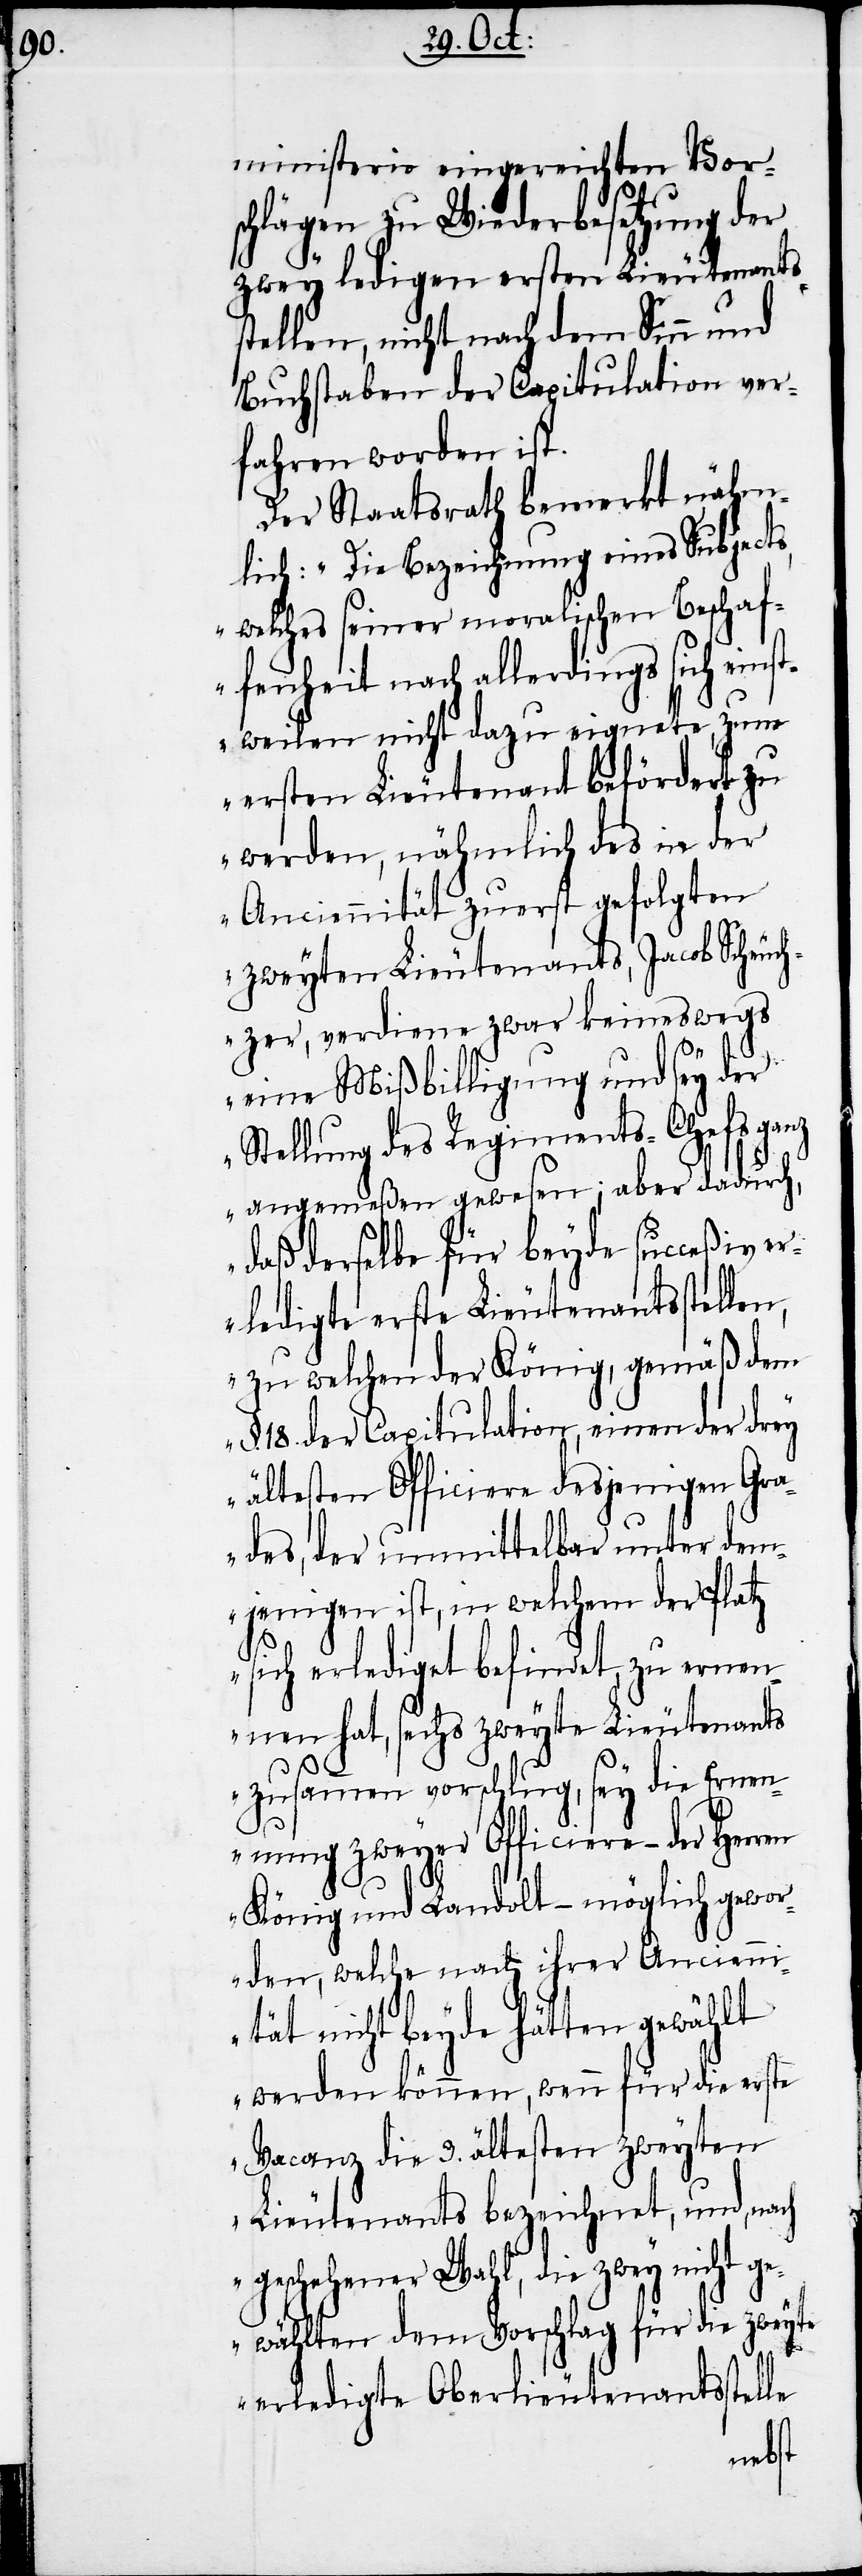
ministerio eingereichten Vors¬
chlägen zu Wiederbesetzung der
zwey ledigen ersten Lieutenants¬
stellen, nicht nach dem Sinn und
Buchstaben der Capitulation ver¬
fahren worden ist.
Der Staatsrath bemerkt nähm¬
lich: „Die Bezeichnung eines Subjects,
welches seiner moralischen Beschaf¬
fenheit nach allerdings sich eins¬
tweilen nicht dazu eignete zum
ersten Lieutenant befördert zu
werden, nähmlich des in der
Anciennität zuerst gefolgten
zweyten Lieutenants, Jacob Scheuch¬
zer, verdiene zwar keineswegs
eine Mißbilligung und sey der
Stellung des Regiments-Chefs ganz
angemeßen gewesen; aber dadurch,
daß derselbe für beyde succeßiv er¬
ledigte erste Lieutenantsstellen,
zu welchen der König, gemäß dem
18. der Capitulation, einen der drey
ältesten Officiere desjenigen Gra¬
des, der unmittelbar unter dem¬
jenigen ist, in welchem der Platz
sich erlediget befindet, zu ernen¬
nen hat, sechs zweyte Lieutenants
zusammen vorschlug, sey die Ernen¬
nung zweyer Officiere – der Herren
König und Landolt – möglich gewor¬
den, welche nach ihrer Ancienn¬
ität nicht beyde hätten gewählt
werden können, wenn für die erste
Vacanz die 3. ältesten zweyten
Lieutenants bezeichnet, und, nach
geschehener Wahl, die zwey nicht ge¬
wählten dem Vorschlag für die zweyte
erledigte Oberlieutenantsstelle